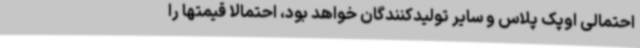
احتمالی اوپک پلاس و سایر تولیدکنندگان خواهد بود، احتمالا قیمتها را